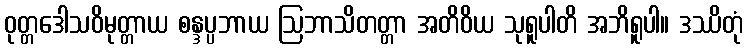
ဝုတ္တဒေါသဝိမုတ္တာယ စန္ဒပ္ပဘာယ ဩဘာသိတတ္တာ အတိဝိယ သုရူပါတိ အဘိရူပါ။ ဒဿိတုံ